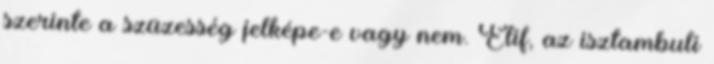
szerinte a szüzesség jelképe-e vagy nem. Elif, az isztambuli